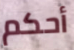
أحكم